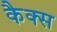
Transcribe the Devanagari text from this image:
कैक्स